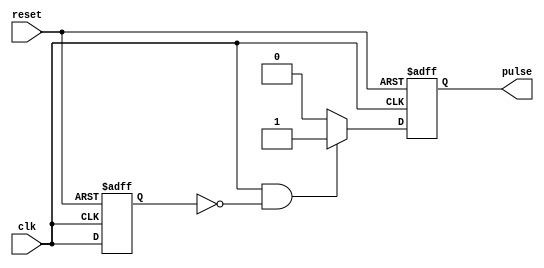
module Falling_Edge_Pulse_Generator (
    input wire clk,
    input wire reset,
    output reg pulse
);

reg last_clk;

always @(posedge clk or negedge reset) begin
    if (!reset) begin
        pulse <= 1'b0;
        last_clk <= 1'b0;
    end else begin
        if (clk && !last_clk) begin
            pulse <= 1'b1;
        end else begin
            pulse <= 1'b0;
        end
        last_clk <= clk;
    end
end

endmodule